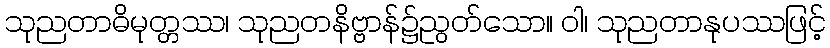
သုညတာဓိမုတ္တဿ၊ သုညတနိဗ္ဗာန်၌ညွတ်သော။ ဝါ၊ သုညတာနုပဿဖြင့်